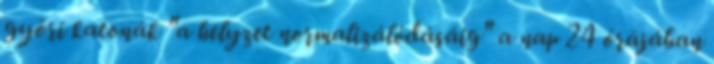
győri katonák "a helyzet normalizálódásáig" a nap 24 órájában